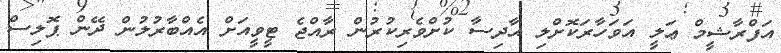
އަފްރާޝީމް ޢަލީ އަވަހާރަކޮށްލި ޙާދިސާ ކުށްވެރިކުރުން ރާއްޖެ ޓީވީއަށް އެއްބާރުލުން ދޭން ޕޮލިސް